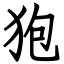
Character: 狍